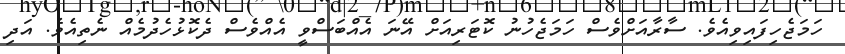
ހަމަޖެހިފައިވިއެވެ. ސާރާއަށްވެސް ހަމަޖެހުނު ކޮޓަރިއަށް އޭނަ އެއްބަސްވީ އެއްވެސް ދެކޮޅުހެދުމެއް ނެތިއެވެ. އަދި